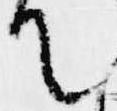
て